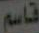
قاسم